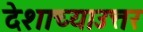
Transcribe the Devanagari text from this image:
देशाच्याउत्तर